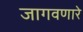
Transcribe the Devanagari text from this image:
जागवणारे